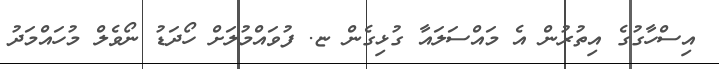
އިސްހާގުގެ އިތުރުން އެ މައްސަލައާ ގުޅިގެން ޏ. ފުވައްމުލަށް ހޯދަޑު ނޯވެލް މުހައްމަދު